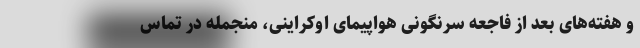
و هفته‌های بعد از فاجعه سرنگونی هواپیمای اوکراینی، منجمله در تماس